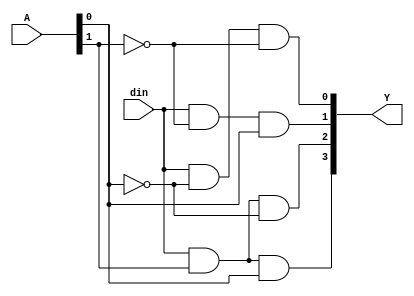
`timescale 1ns / 1ps
//////////////////////////////////////////////////////////////////////////////////
// Company: 
// 
// Design Name: 1 to 4 using behavioral Modeling
// Module Name: dmux14
// Project Name: 
// Target Devices: 
// Tool Versions: 
// Description: 
// 
// Dependencies: 
// 
// Revision:
// Revision 0.01 - File Created
// Additional Comments:
// 
//////////////////////////////////////////////////////////////////////////////////


module dmux14(output [3:0] Y, input [1:0] A, input din);
assign Y[0] = din & (~A[0]) & (~A[1]);
assign Y[1] = din & (~A[1]) & A[0];
assign Y[2] = din & A[1] & (~A[0]);
assign Y[3] = din & A[1] & A[0];
endmodule